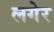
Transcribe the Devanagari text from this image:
लगेर